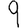
Digit: 9